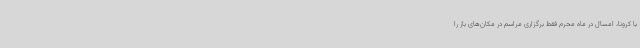
با کرونا، امسال در ماه محرم فقط برگزاری مراسم در مکان‌های باز را